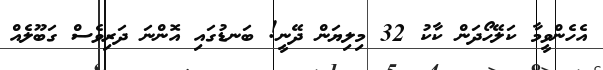
އެހެންވީމާ ކަލޭހޯދަން ކާކު 32 މިލިޔަން ދޭނީ! ބަނޑުގައި އޮންނަ ދަރިވެސް ގަބޫލެއް